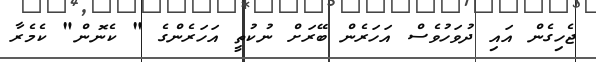
ޖެހިގެން އައި ދުވަހުވެސް އަހަރެން ބޭރަށް ނުކުތީ އަހަރެންގެ " ކެނޮން" ކެމެރާ